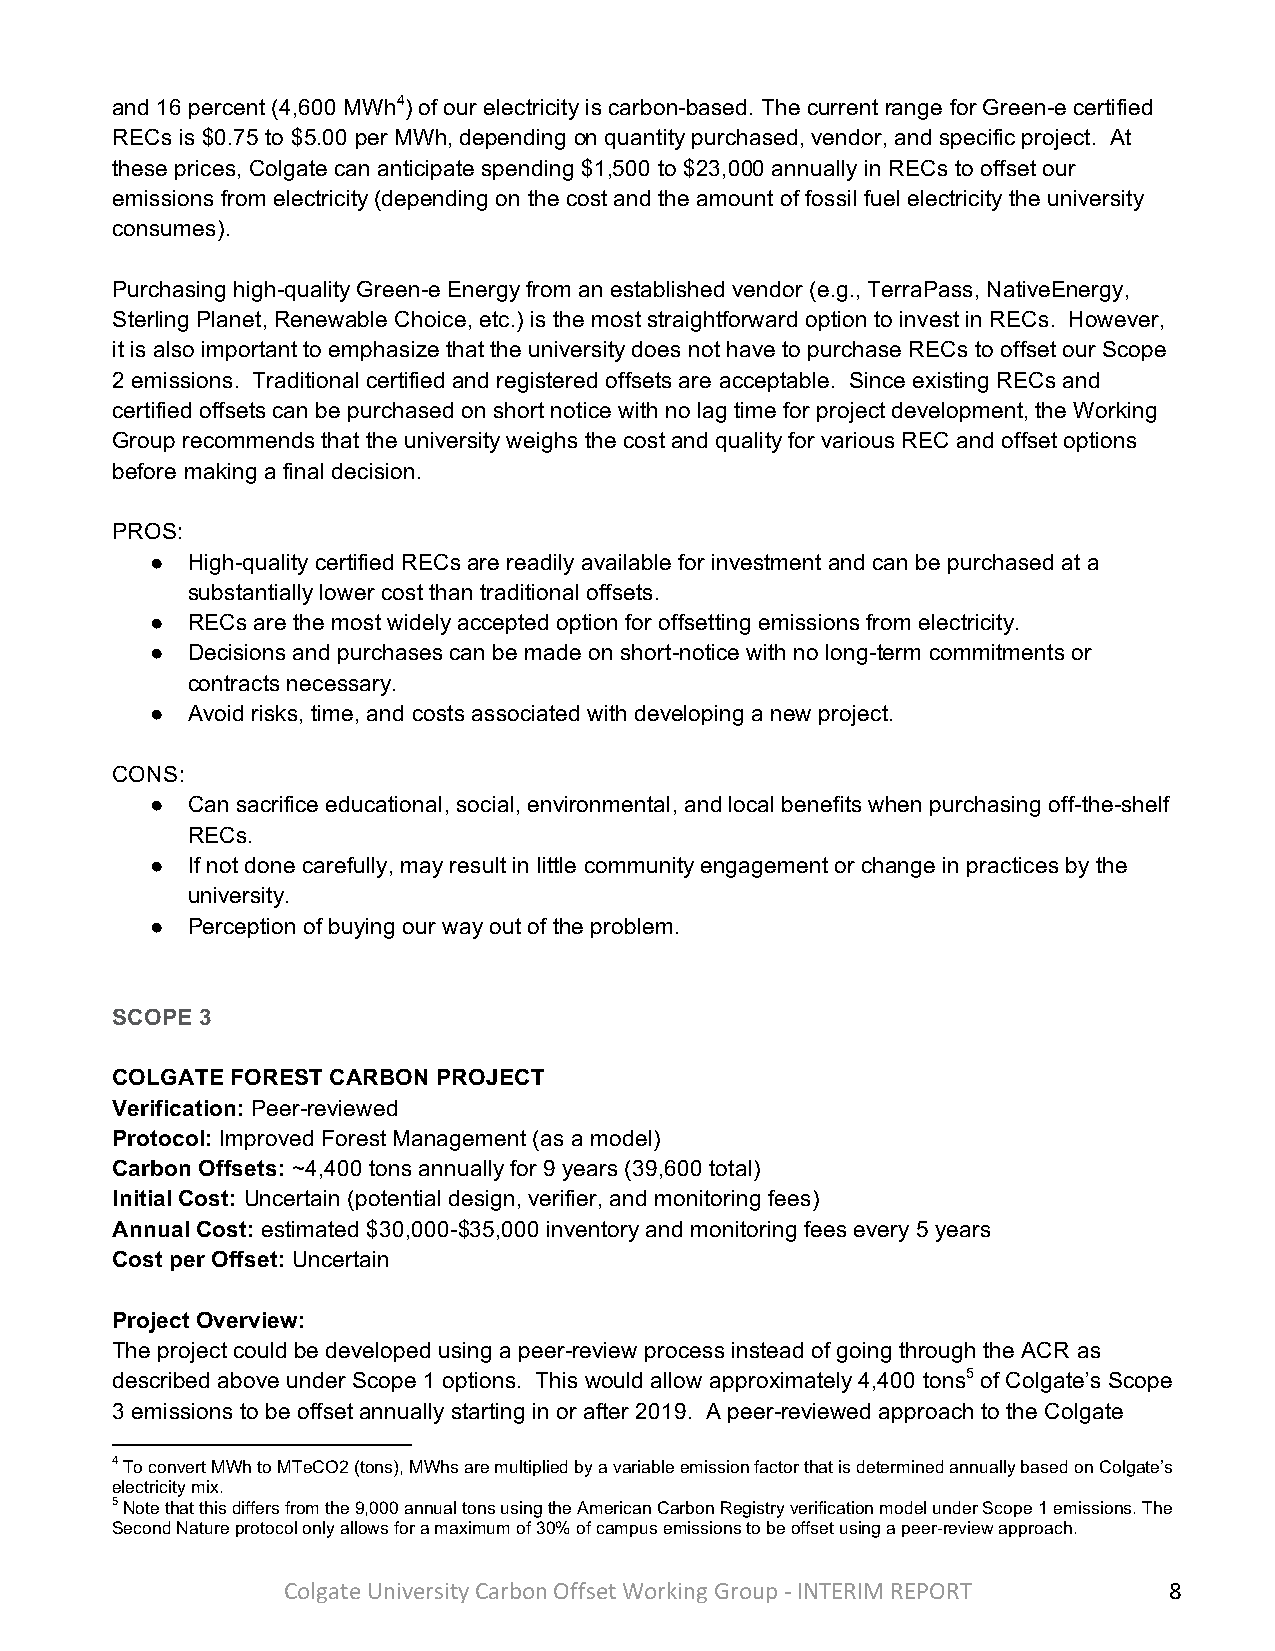
and 16 percent (4,600 MWh4) of our electricity is carbon-based. The current range for Green-e certified
 RECs is $0.75 to $5.00 per MWh, depending on quantity purchased, vendor, and specific project. At
 these prices, Colgate can anticipate spending $1,500 to $23,000 annually in RECs to offset our
 emissions from electricity (depending on the cost and the amount of fossil fuel electricity the university
 consumes).
 Purchasing high-quality Green-e Energy from an established vendor (e.g., TerraPass, NativeEnergy,
 Sterling Planet, Renewable Choice, etc.) is the most straightforward option to invest in RECs. However,
 it is also important to emphasize that the university does not have to purchase RECs to offset our Scope
 2 emissions. Traditional certified and registered offsets are acceptable. Since existing RECs and
 certified offsets can be purchased on short notice with no lag time for project development, the Working
 Group recommends that the university weighs the cost and quality for various REC and offset options
 before making a final decision.
 PROS:
 ● High-quality certified RECs are readily available for investment and can be purchased at a
 substantially lower cost than traditional offsets.
 ● RECs are the most widely accepted option for offsetting emissions from electricity.
 ● Decisions and purchases can be made on short-notice with no long-term commitments or
 contracts necessary.
 ● Avoid risks, time, and costs associated with developing a new project.
 CONS:
 ● Can sacrifice educational, social, environmental, and local benefits when purchasing off-the-shelf
 RECs.
 ● If not done carefully, may result in little community engagement or change in practices by the
 university.
 ● Perception of buying our way out of the problem.
 SCOPE 3
 COLGATE FOREST CARBON PROJECT
 Verification: Peer-reviewed
 Protocol: Improved Forest Management (as a model)
 Carbon Offsets: ~4,400 tons annually for 9 years (39,600 total)
 Initial Cost: Uncertain (potential design, verifier, and monitoring fees)
 Annual Cost: estimated $30,000-$35,000 inventory and monitoring fees every 5 years
 Cost per Offset: Uncertain
 Project Overview:
 The project could be developed using a peer-review process instead of going through the ACR as
 described above under Scope 1 options. This would allow approximately 4,400 tons5 of Colgate’s Scope
 3 emissions to be offset annually starting in or after 2019. A peer-reviewed approach to the Colgate
 4 To convert MWh to MTeCO2 (tons), MWhs are multiplied by a variable emission factor that is determined annually based on Colgate’s
 electricity mix.
 5 Note that this differs from the 9,000 annual tons using the American Carbon Registry verification model under Scope 1 emissions. The
 Second Nature protocol only allows for a maximum of 30% of campus emissions to be offset using a peer-review approach.
 Colgate University Carbon Offset Working Group - INTERIM REPORT 8